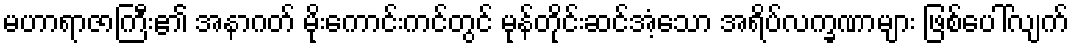
မဟာရာဇာကြီး၏ အနာဂတ် မိုးကောင်းကင်တွင် မုန်တိုင်းဆင်အံ့သော အရိပ်လက္ခဏာများ ဖြစ်ပေါ်လျက်